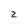
Character: 2